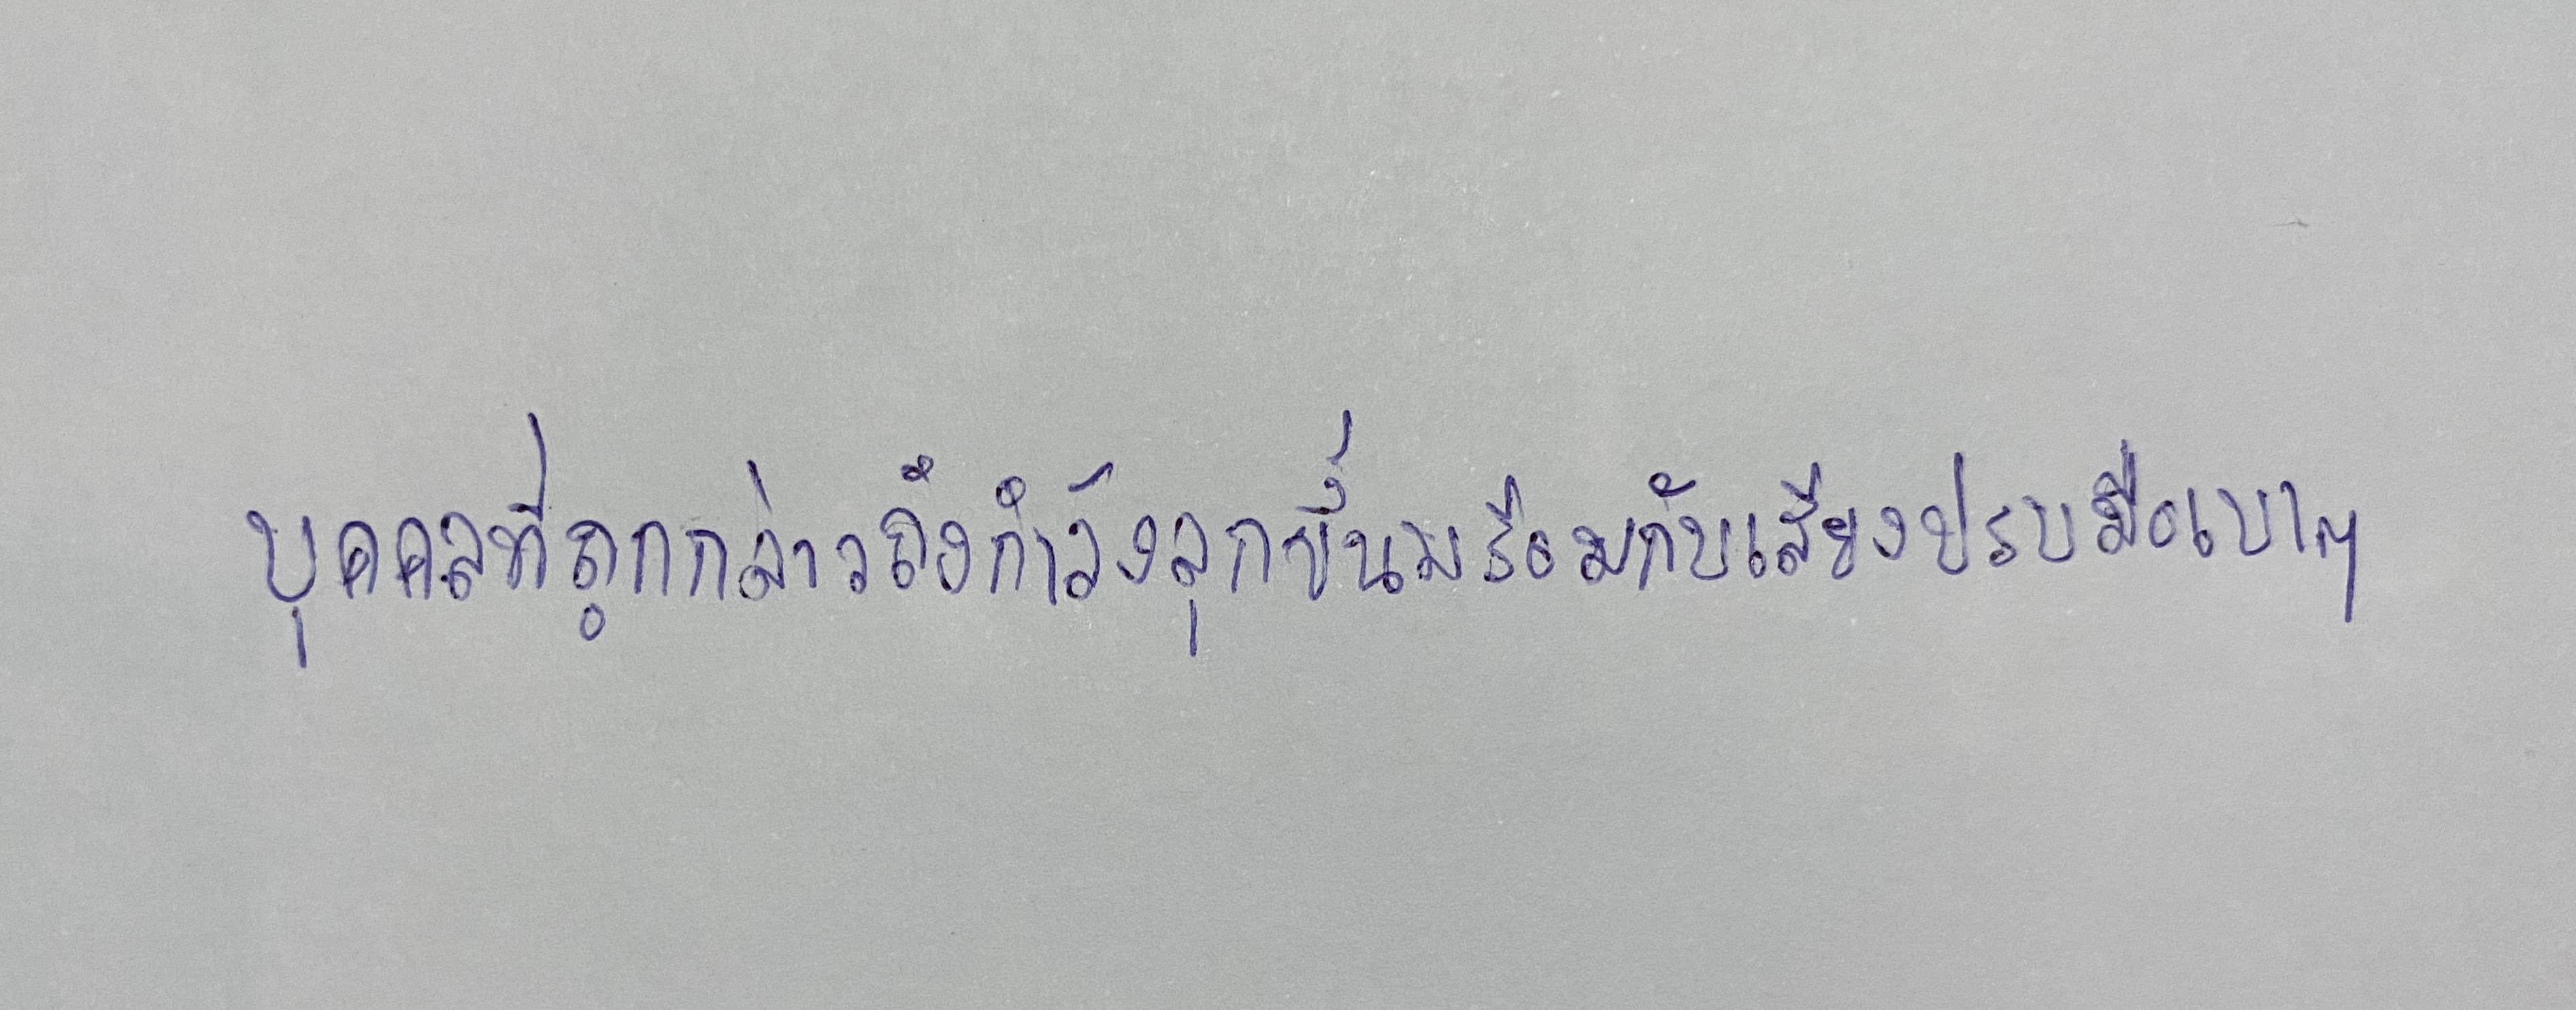
บุคคลที่ถูกกล่าวถึงกำลังลุกขึ้นพร้อมกับเสียงปรบมือเบาๆ